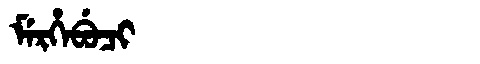
Manchu: ᠮᡝᡵᡥᡝᠪᡠᠴᡳ
Romanization: MERHEBUCI